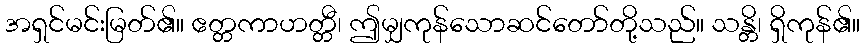
အရှင်မင်းမြတ်၏။ ဧတ္တကာဟတ္တီ၊ ဤမျှကုန်သောဆင်တော်တို့သည်။ သန္တိ၊ ရှိကုန်၏။